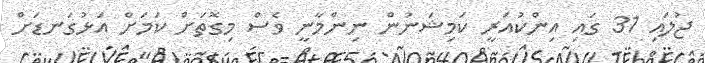
ޖުލައި 31 ގައި އިންކުއަރީ ކަމިޝަނުން ނިންމާނީ ވެސް މިގޮތަށް ކަމަށް އަޅުގަނޑަށް